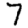
Digit: 7